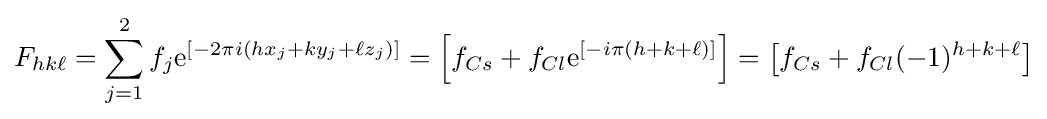
F_{hk\ell }=\sum _{j=1}^{2}f_{j}\mathrm {e} ^{[-2\pi i(hx_{j}+ky_{j}+\ell z_{j})]}=\left[f_{Cs}+f_{Cl}\mathrm {e} ^{[-i\pi (h+k+\ell )]}\right]=\left[f_{Cs}+f_{Cl}(-1)^{h+k+\ell }\right]